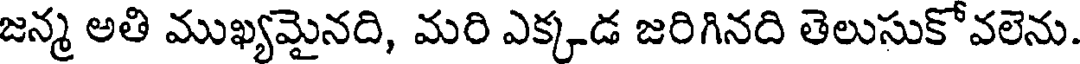
జన్మ అతి ముఖ్యమైనది, మరి ఎక్కడ జరిగినది తెలుసుకోవలెను.